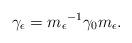
LaTeX: \begin{align*} \gamma_{\epsilon}={m_\epsilon}^{-1}\gamma_0 m_\epsilon.\end{align*}